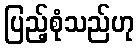
ပြည့်စုံသည်ဟု